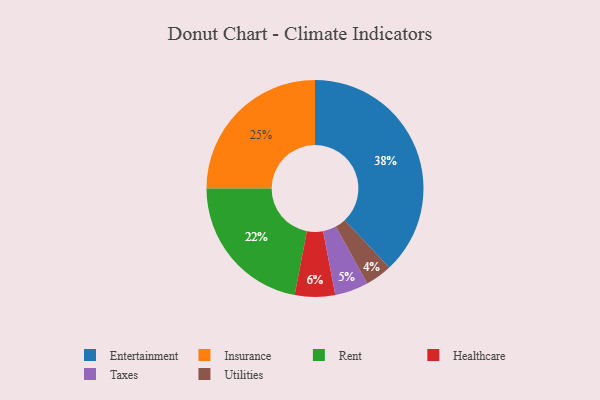
{"axis": {"x": "Category", "y": "Percentage"}, "legend": ["Entertainment", "Healthcare", "Insurance", "Rent", "Taxes", "Utilities"], "data": [{"x": "Healthcare", "y": 6, "type": "Healthcare"}, {"x": "Entertainment", "y": 38, "type": "Entertainment"}, {"x": "Rent", "y": 22, "type": "Rent"}, {"x": "Taxes", "y": 5, "type": "Taxes"}, {"x": "Insurance", "y": 25, "type": "Insurance"}, {"x": "Utilities", "y": 4, "type": "Utilities"}]}